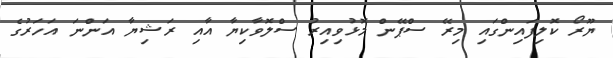
ޔޫރޯ ކޮލިފައިންގައި މިރޭ ސްޕޭން މޮޅުވިއިރު ސްލޮވާކިޔާ އާއި ރަޝިޔާ އަންނަ އަހަރުގެ